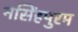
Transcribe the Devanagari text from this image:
नसिंहपुरम